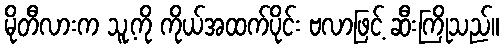
မိုတီလားက သူ့ကို ကိုယ်အထက်ပိုင်း ဗလာဖြင့် ဆီးကြိုသည်။